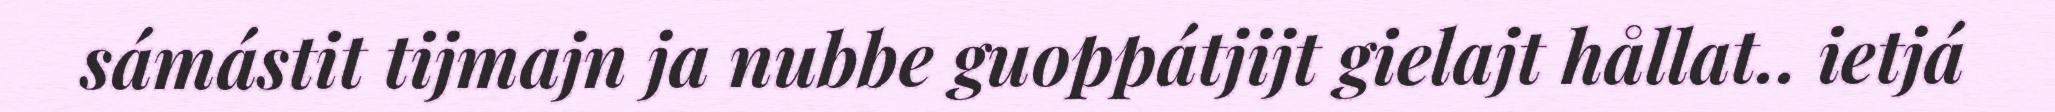
sámástit tijmajn ja nubbe guoppátjijt gielajt hållat.. ietjá